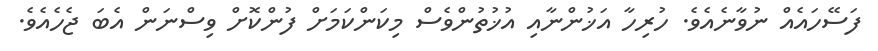
ފަސޭހައެއް ނުވާނެއެވެ. ހުރިހާ އަޚުންނާއި އުޚުތުންވެސް މިކަންކަމަށް ފުންކޮށް ވިސްނަން އެބަ ޖެހެއެވެ.